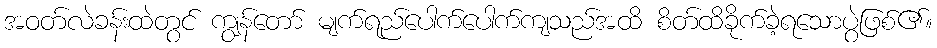
အဝတ်လဲခန်းထဲတွင် ကျွန်တော် မျက်ရည်ပေါက်ပေါက်ကျသည်အထိ စိတ်ထိခိုက်ခဲ့ရသောပွဲဖြစ်၏။